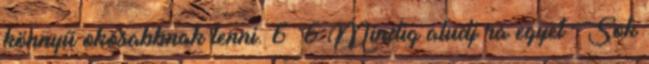
könnyű okosabbnak lenni. 6 6 Mindig aludj rá egyet Sok